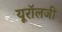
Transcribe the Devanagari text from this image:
यूरॉलजी